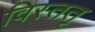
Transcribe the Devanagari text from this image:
विस्ततृ